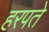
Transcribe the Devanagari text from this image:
हरपते